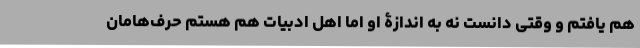
هم یافتم و وقتی دانست نه به اندازۀ او اما اهل ادبیات هم هستم حرف‌هامان